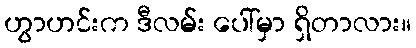
ဟွာဟင်းက ဒီလမ်း ပေါ်မှာ ရှိတာလား။